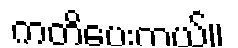
ကတိပေးတယ်။